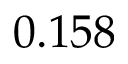
0 . 1 5 8